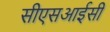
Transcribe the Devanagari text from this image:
सीएसआईसी